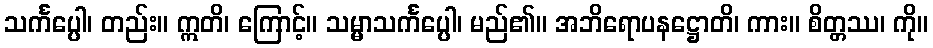
သင်္ကပ္ပေါ၊ တည်း။ ဣတိ၊ ကြောင့်။ သမ္မာသင်္ကပ္ပေါ၊ မည်၏။ အဘိရောပနဋ္ဌောတိ၊ ကား။ စိတ္တဿ၊ ကို။